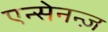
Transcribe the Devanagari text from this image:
एन्सेनन्ज़